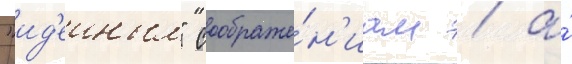
"ид'еиным" соображе́н'иам / а́